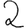
Digit: 2